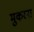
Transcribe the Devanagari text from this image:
मुकरना